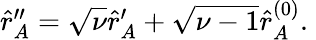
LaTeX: \begin{array}{r}{\hat{r}_{A}^{\prime\prime}=\sqrt{\nu}\hat{r}_{A}^{\prime}+\sqrt{\nu-1}\hat{r}_{A}^{(0)}.\; }\end{array}